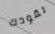
نقودك